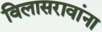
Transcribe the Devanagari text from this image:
विलासरावांना